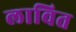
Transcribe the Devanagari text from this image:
लावित